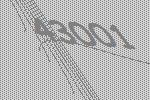
43001